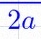
2a